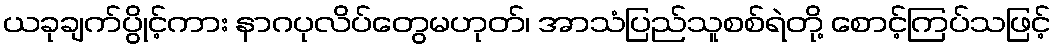
ယခုချက်ပွိုင့်ကား နာဂပုလိပ်တွေမဟုတ်၊ အာသံပြည်သူစစ်ရဲတို့ စောင့်ကြပ်သဖြင့်